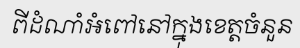
ពីដំណាំអំពៅនៅក្នុងខេត្តចំនួន